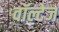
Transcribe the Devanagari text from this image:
वॉल्टेज